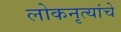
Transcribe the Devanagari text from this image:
लोकनृत्यांचे